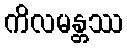
ကိလမန္တဿ